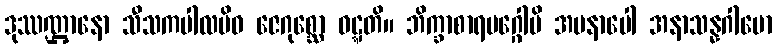
ဒုဿဏ္ဌာနော သီသကပါလမိဝ ဇေဂုစ္ဆော ဝဋ္ဋတိ။ ဘိက္ခာစာရမဂ္ဂေါပိ အမနာပေါ အနာသန္နဂါမော